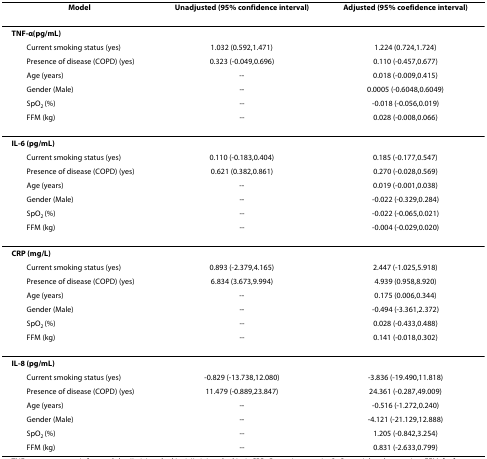
<table><thead><tr><td><b>Model</b></td><td><b>Unadjusted (95% confidence interval)</b></td><td><b>Adjusted (95% coefidence interval)</b></td></tr></thead><tbody><tr><td><b>TNF-α(pg/mL)</b></td><td></td><td></td></tr><tr><td> Current smoking status (yes)</td><td>1.032 (0.592,1.471)</td><td>1.224 (0.724,1.724)</td></tr><tr><td> Presence of disease (COPD) (yes)</td><td>0.323 (-0.049,0.696)</td><td>0.110 (-0.457,0.677)</td></tr><tr><td> Age (years)</td><td>--</td><td>0.018 (-0.009,0.415)</td></tr><tr><td> Gender (Male)</td><td>--</td><td>0.0005 (-0.6048,0.6049)</td></tr><tr><td> SpO<sub>2 </sub>(%)</td><td>--</td><td>-0.018 (-0.056,0.019)</td></tr><tr><td> FFM (kg)</td><td>--</td><td>0.028 (-0.008,0.066)</td></tr><tr><td><b>IL-6 (pg/mL)</b></td><td></td><td></td></tr><tr><td> Current smoking status (yes)</td><td>0.110 (-0.183,0.404)</td><td>0.185 (-0.177,0.547)</td></tr><tr><td> Presence of disease (COPD) (yes)</td><td>0.621 (0.382,0.861)</td><td>0.270 (-0.028,0.569)</td></tr><tr><td> Age (years)</td><td>--</td><td>0.019 (-0.001,0.038)</td></tr><tr><td> Gender (Male)</td><td>--</td><td>-0.022 (-0.329,0.284)</td></tr><tr><td> SpO<sub>2 </sub>(%)</td><td>--</td><td>-0.022 (-0.065,0.021)</td></tr><tr><td> FFM (kg)</td><td>--</td><td>-0.004 (-0.029,0.020)</td></tr><tr><td><b>CRP (mg/L)</b></td><td></td><td></td></tr><tr><td> Current smoking status (yes)</td><td>0.893 (-2.379,4.165)</td><td>2.447 (-1.025,5.918)</td></tr><tr><td> Presence of disease (COPD) (yes)</td><td>6.834 (3.673,9.994)</td><td>4.939 (0.958,8.920)</td></tr><tr><td> Age (years)</td><td>--</td><td>0.175 (0.006,0.344)</td></tr><tr><td> Gender (Male)</td><td>--</td><td>-0.494 (-3.361,2.372)</td></tr><tr><td> SpO<sub>2 </sub>(%)</td><td>--</td><td>0.028 (-0.433,0.488)</td></tr><tr><td> FFM (kg)</td><td>--</td><td>0.141 (-0.018,0.302)</td></tr><tr><td><b>IL-8 (pg/mL)</b></td><td></td><td></td></tr><tr><td> Current smoking status (yes)</td><td>-0.829 (-13.738,12.080)</td><td>-3.836 (-19.490,11.818)</td></tr><tr><td> Presence of disease (COPD) (yes)</td><td>11.479 (-0.889,23.847)</td><td>24.361 (-0.287,49.009)</td></tr><tr><td> Age (years)</td><td>--</td><td>-0.516 (-1.272,0.240)</td></tr><tr><td> Gender (Male)</td><td>--</td><td>-4.121 (-21.129,12.888)</td></tr><tr><td> SpO<sub>2 </sub>(%)</td><td>--</td><td>1.205 (-0.842,3.254)</td></tr><tr><td> FFM (kg)</td><td>--</td><td>0.831 (-2.633,0.799)</td></tr></tbody></table>